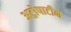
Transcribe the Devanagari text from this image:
अट्रोपाटीन